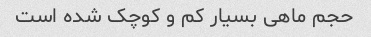
حجم ماهی بسیار کم و کوچک شده است